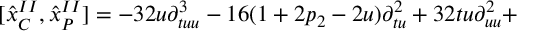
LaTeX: \lbrack { \hat { x } } _ { C } ^ { I I } , { \hat { x } } _ { P } ^ { I I } ] = - 3 2 u \partial _ { t u u } ^ { 3 } - 1 6 ( 1 + 2 p _ { 2 } - 2 u ) \partial _ { t u } ^ { 2 } + 3 2 t u \partial _ { u u } ^ { 2 } +